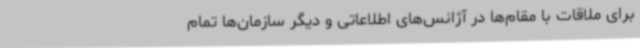
برای ملاقات با مقام‌ها در آژانس‌های اطلاعاتی و دیگر سازمان‌ها تمام